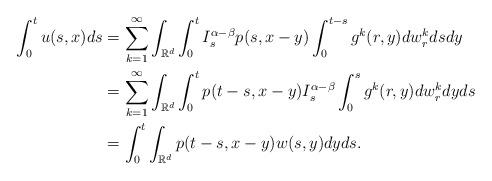
LaTeX: \begin{align*}\int_0^t u(s,x)ds&= \sum_{k=1}^\infty \int_{\mathbb{R}^{d}} \int_{0}^{t}I_s^{\alpha-\beta} p(s,x-y)\int_0^{t-s} g^k(r,y)dw^k_r ds dy \\&=\sum_{k=1}^\infty \int_{\mathbb{R}^{d}} \int_{0}^{t} p(t-s,x-y)I_s^{\alpha-\beta} \int_0^s g^{k}(r,y)dw_{r}^{k}dy ds \\&= \int_{0}^{t}\int_{\mathbb{R}^{d}} p(t-s,x-y)w(s,y)dy ds.\end{align*}